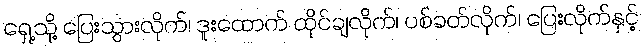
ရှေ့သို့ ပြေးသွားလိုက်၊ ဒူးထောက် ထိုင်ချလိုက်၊ ပစ်ခတ်လိုက်၊ ပြေးလိုက်နှင့်